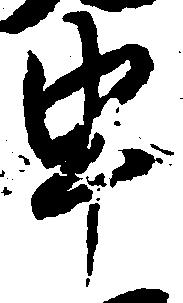
申